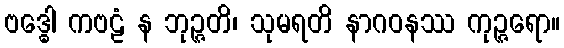
ဗဒ္ဓေါ ကဗဠံ န ဘုဉ္ဇတိ၊ သုမရတိ နာဂဝနဿ ကုဉ္ဇရော။